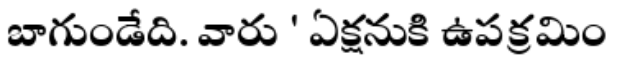
బాగుండేది. వారు ' ఏక్షనుకి ఉపక్రమిం